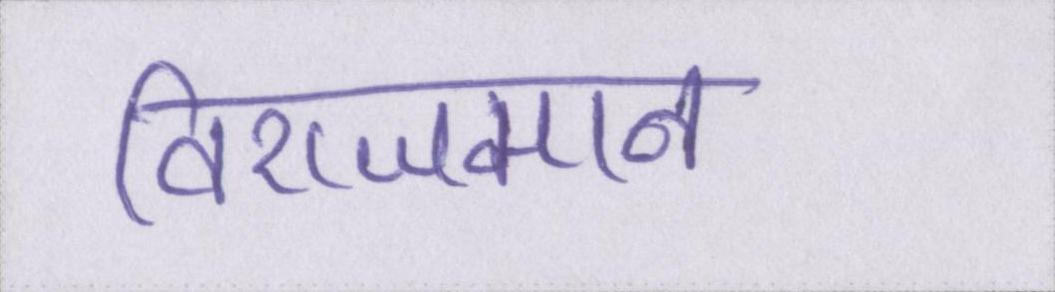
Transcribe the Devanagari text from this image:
विराजमान